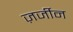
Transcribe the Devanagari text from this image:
ज़र्जीन